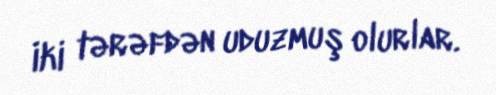
iki tərəfdən uduzmuş olurlar.